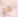
هو